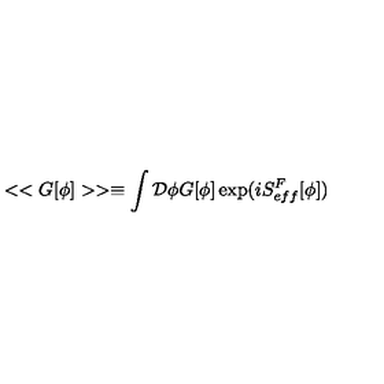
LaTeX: < < G [ \phi ] > > \equiv \int { \cal D } \phi G [ \phi ] \exp ( i S _ { e f f } ^ { F } [ \phi ] )